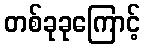
တစ်ခုခုကြောင့်